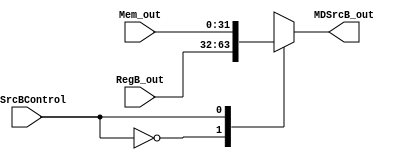
module MDSrcB_( 
    input wire MDSrcBControl, /* Entrada de controle */
    input wire [31:0] RegB_out,
    input wire [31:0] Mem_out,   /* PC */
    output reg [31:0] MDSrcB_out   /* Sada selecionada pelo multiplexador */
);
  
always @(*) begin
    case (MDSrcBControl) 
         /* Verifica o valor do seletor */
	    1'b0: MDSrcB_out = RegB_out;
        1'b1: MDSrcB_out = Mem_out; /* Seletor = 2'b00, seleciona input1 (PC) */

    endcase
end

endmodule